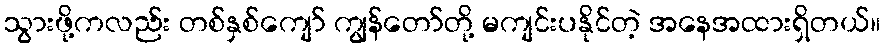
သွားဖို့ကလည်း တစ်နှစ်ကျော် ကျွန်တော်တို့ မကျင်းပနိုင်တဲ့ အနေအထားရှိတယ်။